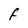
Character: F